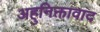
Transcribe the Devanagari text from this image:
अहुनिक्तावाद